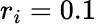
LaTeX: r_{i}=0.1